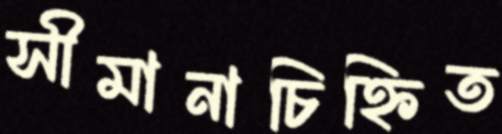
সীমানাচিহ্নিত